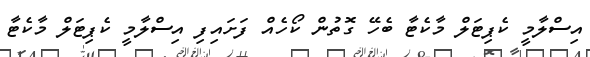
އިސްލާމީ ކެޕިޓަލް މާކެޓާ ބެހޭ ގޮތުން ކޯހެއް ފަށައިފި އިސްލާމީ ކެޕިޓަލް މާކެޓާ